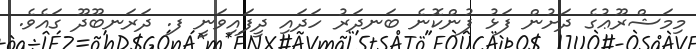
މިމަޝްރޫޢުގެ ދަށުން ފަޅު ފުންކޮނެ ބަނދަރު ހަދައި ދީފައިވަނީ ފ. ދަރަނބޫދޫ ގައެވެ.